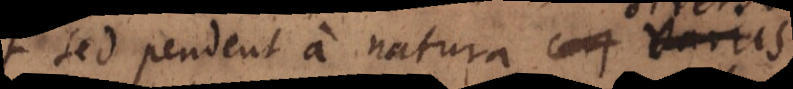
sed pendent a natura diversis